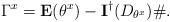
LaTeX: \begin{align*}\Gamma^x = \mathbf{E}(\theta^x) - \mathbf{I}^\dagger(D_{\theta^x}) \# .\end{align*}